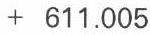
+ 611.005